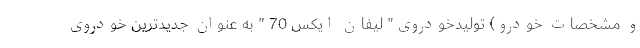
و مشخصات خودرو) تولیدخودروی" لیفان ایکس 70 " به عنوان جدیدترین خودروی